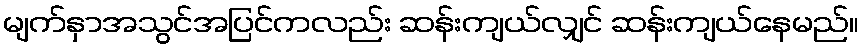
မျက်နှာအသွင်အပြင်ကလည်း ဆန်းကျယ်လျှင် ဆန်းကျယ်နေမည်။